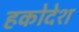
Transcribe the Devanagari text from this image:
हकोदेश